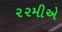
૨૨મીએ